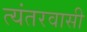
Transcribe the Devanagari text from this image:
त्यंतरवासी